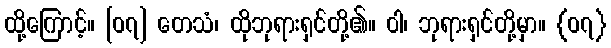
ထို့ကြောင့်။ [၀၇] တေသံ၊ ထိုဘုရားရှင်တို့၏။ ဝါ၊ ဘုရားရှင်တို့မှာ။ {၀၇}